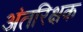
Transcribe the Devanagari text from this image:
अंतरिक्षक